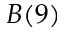
B ( 9 )